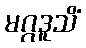
မဂ္ဂဒူသိံ